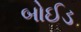
બોઈડ